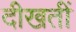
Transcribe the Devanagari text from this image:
दीखतीं